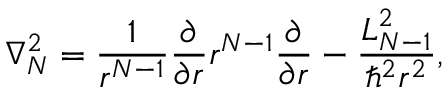
\nabla _ { N } ^ { 2 } = \frac { 1 } { r ^ { N - 1 } } \frac { \partial } { \partial r } r ^ { N - 1 } \frac { \partial } { \partial r } - \frac { L _ { N - 1 } ^ { 2 } } { \hbar ^ { 2 } r ^ { 2 } } ,